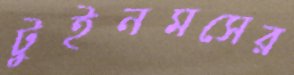
টুইনমসের